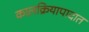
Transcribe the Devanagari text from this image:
कालक्रियापादात